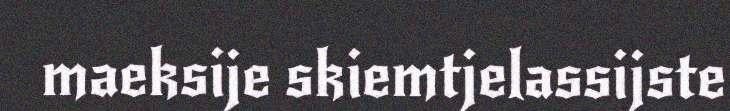
maeksije skiemtjelassijste